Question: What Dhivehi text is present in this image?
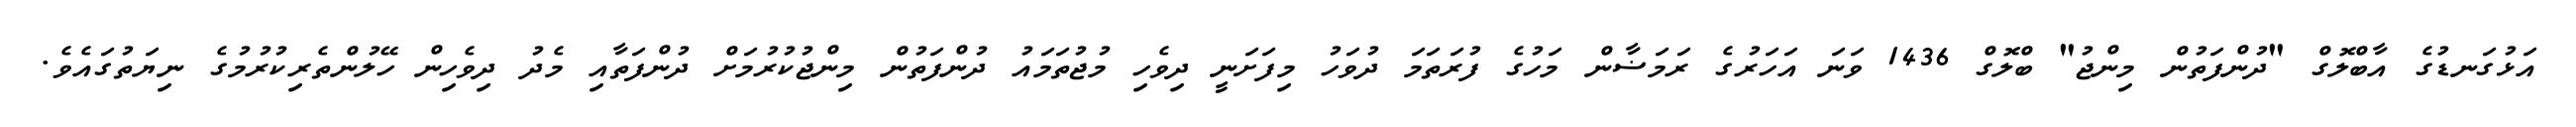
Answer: އަޅުގަނޑުގެ އާބްލޮގް "ދުންފަތުން މިންޖު" ބްލޮގް 1436 ވަނަ އަހަރުގެ ރަމަޟާން މަހުގެ ފުރަތަމަ ދުވަހު މިފަށަނީ ދިވެހި މުޖުތަމައު ދުންފަތުން މިންޖުކުރުމަށް ދުންފަތާއި މެދު ދިވެހިން ހޭލުންތެރިކުރުމުގެ ނިޔަތުގައެވެ.